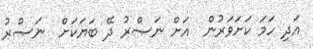
އަދި ހަމަ ކަށަވަރުން  އަށް ނަޞްރު ދޭ ބަޔަކަށް  ނަޞްރު